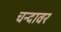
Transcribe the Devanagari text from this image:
चन्दावर